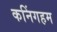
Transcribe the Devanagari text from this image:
कनिंगहम